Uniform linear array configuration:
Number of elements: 48
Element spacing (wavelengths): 0.75
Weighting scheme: hamming
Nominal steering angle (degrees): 45
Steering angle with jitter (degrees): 44.097
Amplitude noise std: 0.05
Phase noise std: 0.05

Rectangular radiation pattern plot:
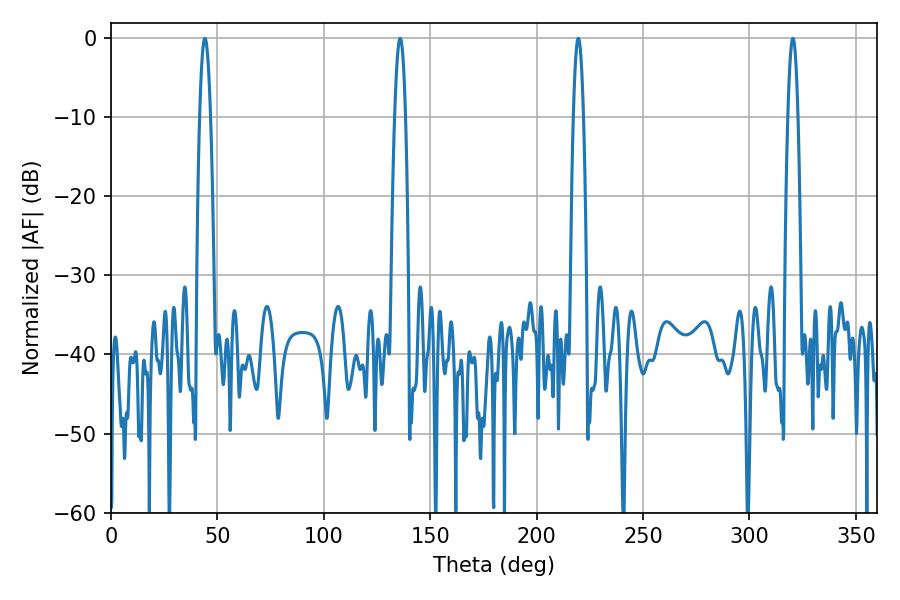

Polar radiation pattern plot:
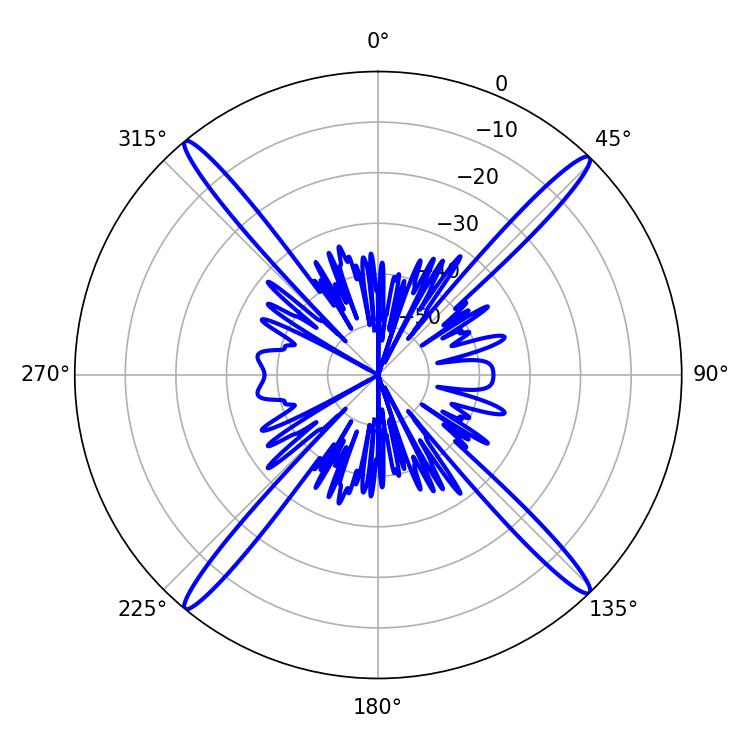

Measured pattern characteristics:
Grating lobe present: TRUE
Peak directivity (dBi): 22.588
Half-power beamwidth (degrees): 2.7
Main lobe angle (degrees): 44.1